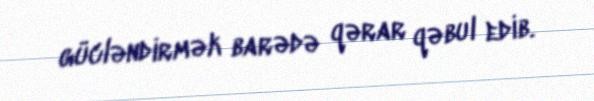
gücləndirmək barədə qərar qəbul edib.